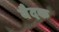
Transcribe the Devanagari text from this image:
वैदक